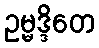
ဥမ္မဒ္ဒိတေ